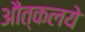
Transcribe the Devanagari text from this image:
औत्कलये